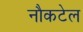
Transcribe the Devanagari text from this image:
नौकटेल